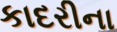
કાદરીના